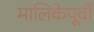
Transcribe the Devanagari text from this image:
मालिकेपूर्वी